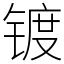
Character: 镀